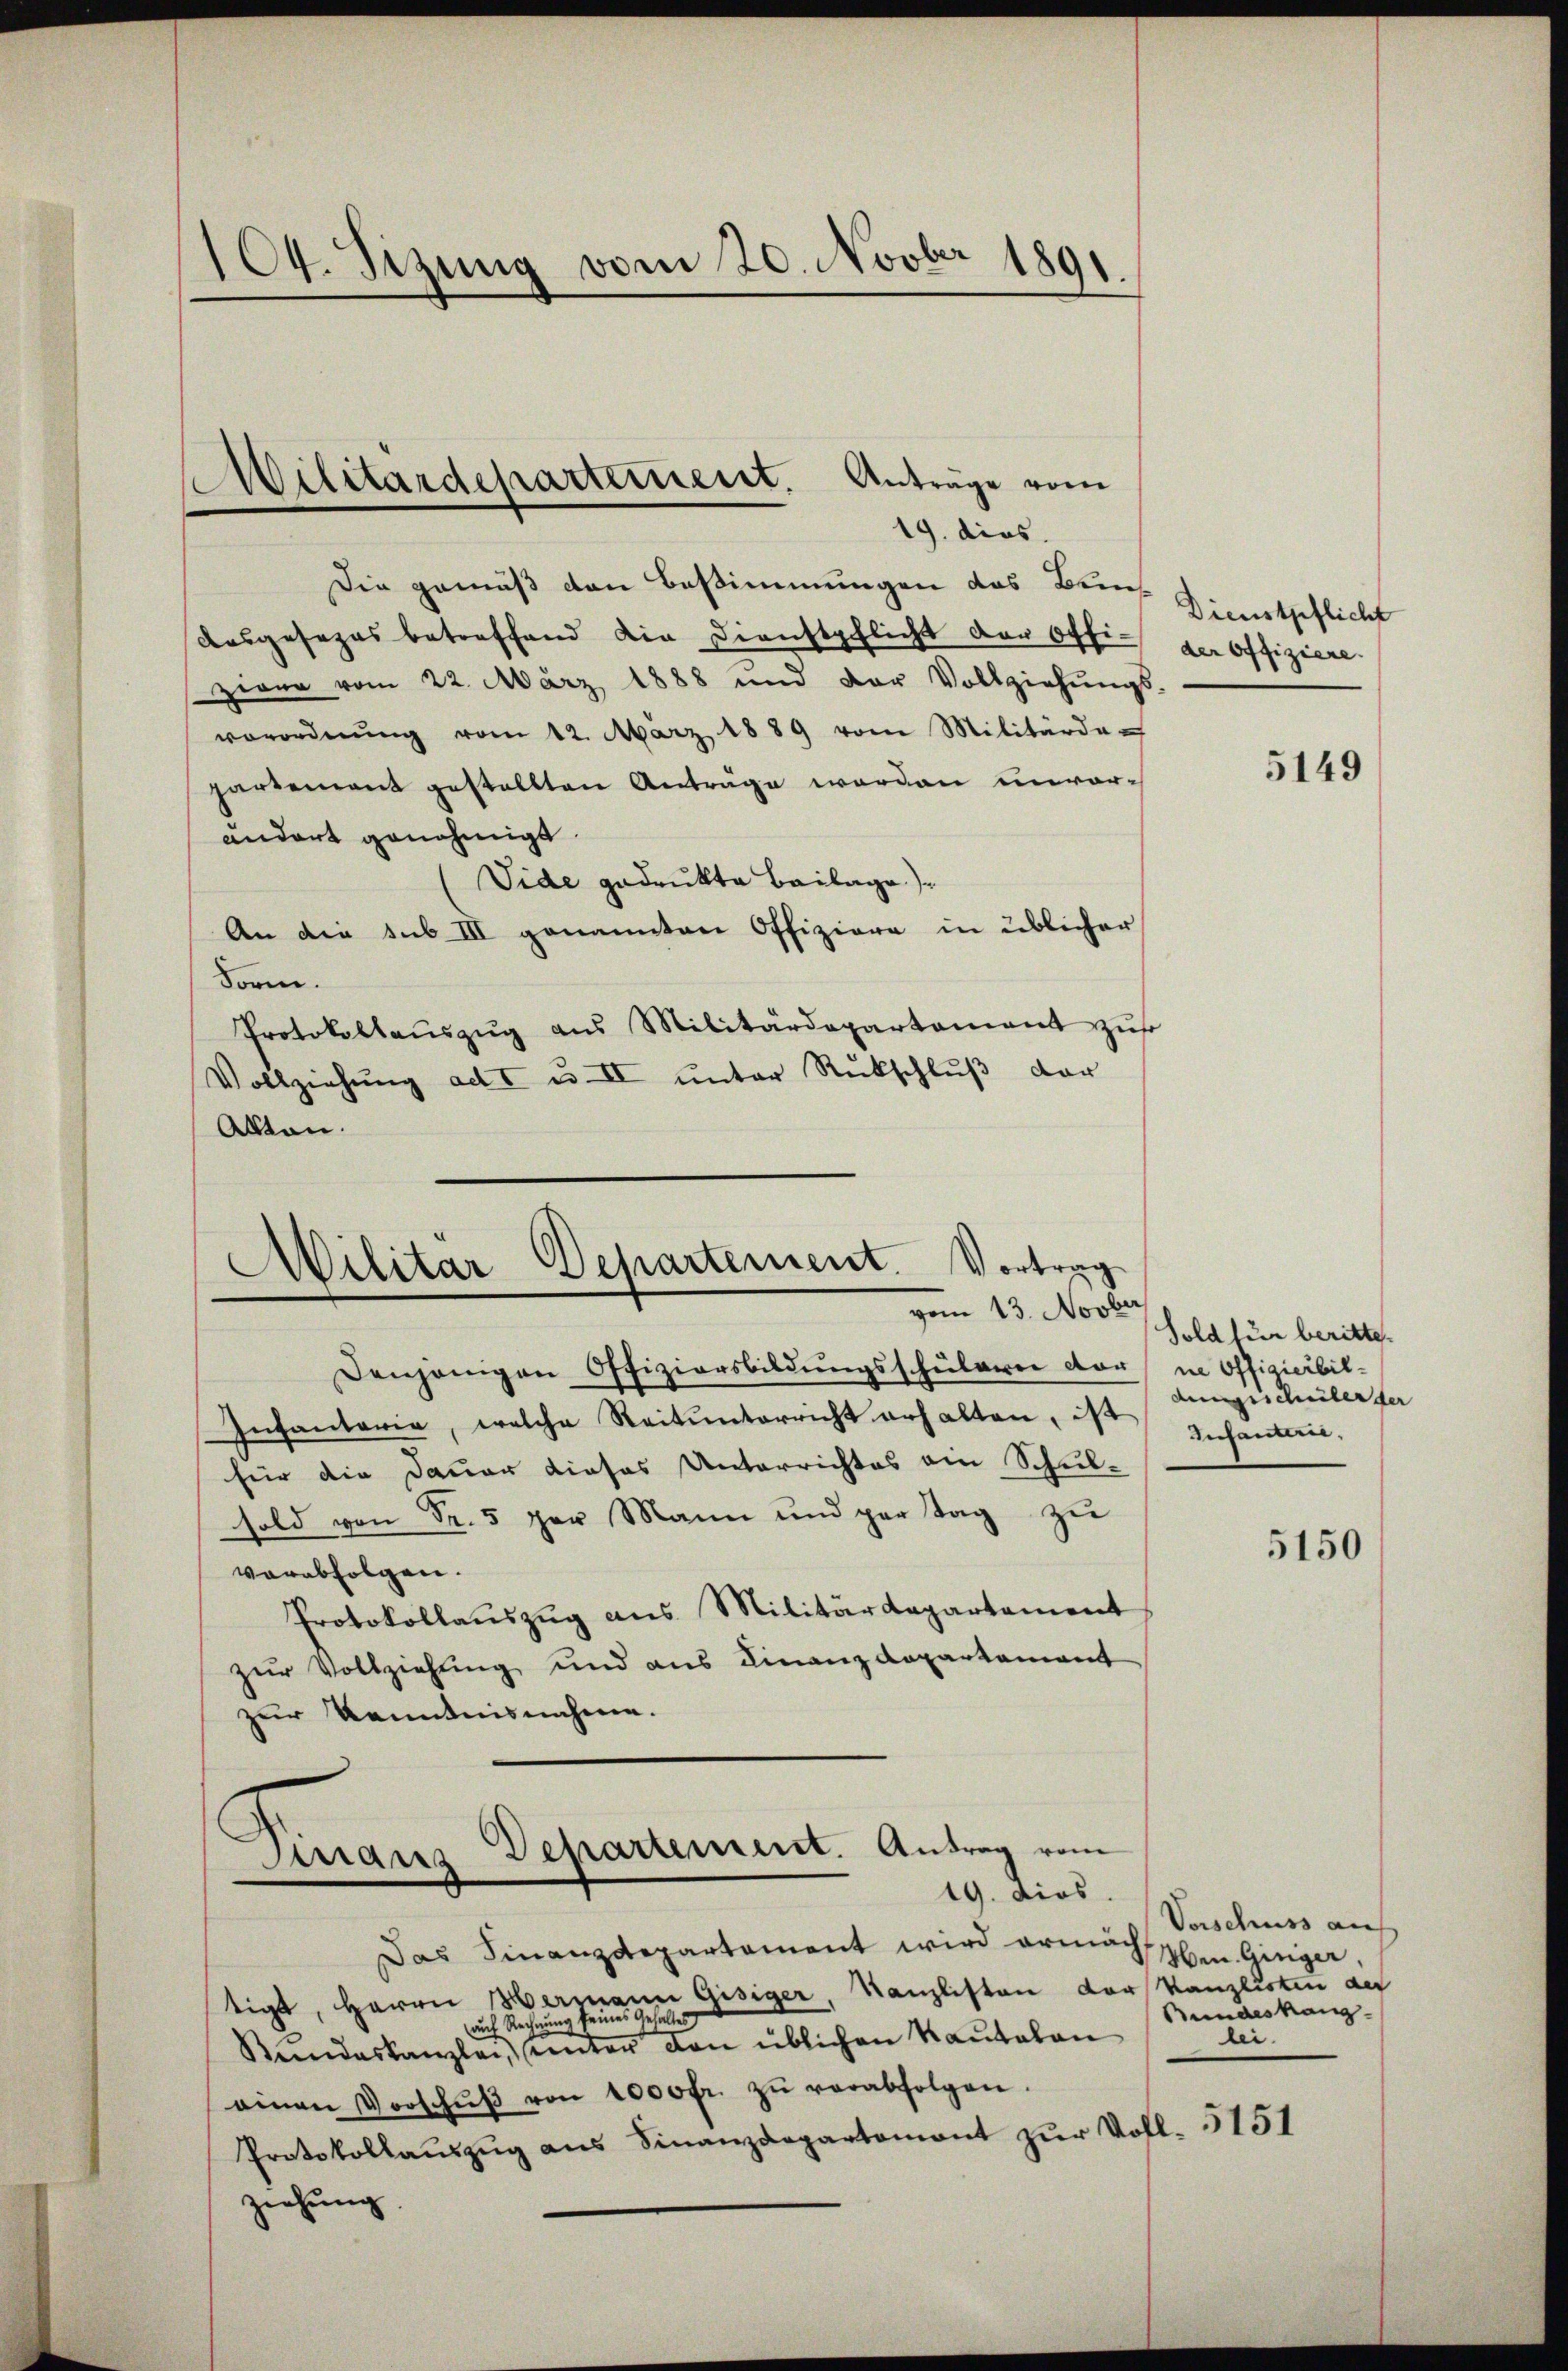
104. Sizung vom 20. Novber 1891.

Die gemäß den Bestimmungen das Bundasgesezes betreffend die Dienstpflicht der Offig der Offiziere
zwar vom 22. März 1888 und der Vollziehŭngs-
verordnŭng vom 12. März 1889 vom Militärder
partement gestellten Anträge werden unvor-
andort genehmigt.
Vide gedrukte Beilage).
An die sub III genannten Offiziere in üblicher
Form.
Protokollaŭszŭg ans Militärdepartament zŭs
Vollziehŭng ad I u. II ŭnter Rückschlŭβ der
Akten.

Militärdeparteinert. Anträge vom
19. dies

Militär-Departement. Vortrag
vom 13. Novbr

Finanz Departement. Antrag vom
19. dies

Denjenigen Offiziersbildungsschülerer vorne Offizierbil-
Infanterie, welche Reitŭnterricht erhalten, ist inhauten.
für die Dauer dieses Unterrichtes ein Schul-
sold von Fr. 5 per Mann und par Tag zu
verabfolgen.
Protokollauszug aus Militärdepartement
zur Vollziehung und aus Finanzdepartement
zur Kenntnisnahmen.

Dienstpflicht

Das Finanzdepartament wird ermächten. Ginger,
tigt, Herrn Hermann Gisiger, Kanzlisten der Kanzlisten der
auch Rechnung
Kindeskanzlei, unter den üblichen Rautalen
ainen Vorschŭβ von 1000 fr. zŭ verabfolgen.
Protokollaŭszŭg ans Finanzdepartement zŭr Voll- 5151
ziehung

5149

Sold für beritte.
dungsschüler der

5150

Vorschuss auf
Bundeskanz
lei.